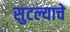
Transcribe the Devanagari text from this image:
सुटल्याचे